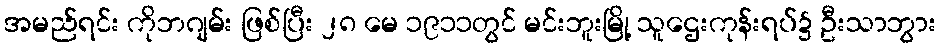
အမည်ရင်း ကိုဘဂျမ်း ဖြစ်ပြီး ၂၈ မေ ၁၉၁၁တွင် မင်းဘူးမြို့ သူဌေးကုန်းရပ်၌ ဦးသာဘွား